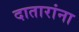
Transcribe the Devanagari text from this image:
दातारांना